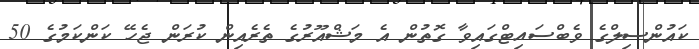
ކައުންސިލްގެ ވެބްސައިޓްގައިވާ ގޮތުން އެ މަޝްއޫރުގެ ތެރެއިން ކުރަން ޖެހޭ ކަންކަމުގެ 50